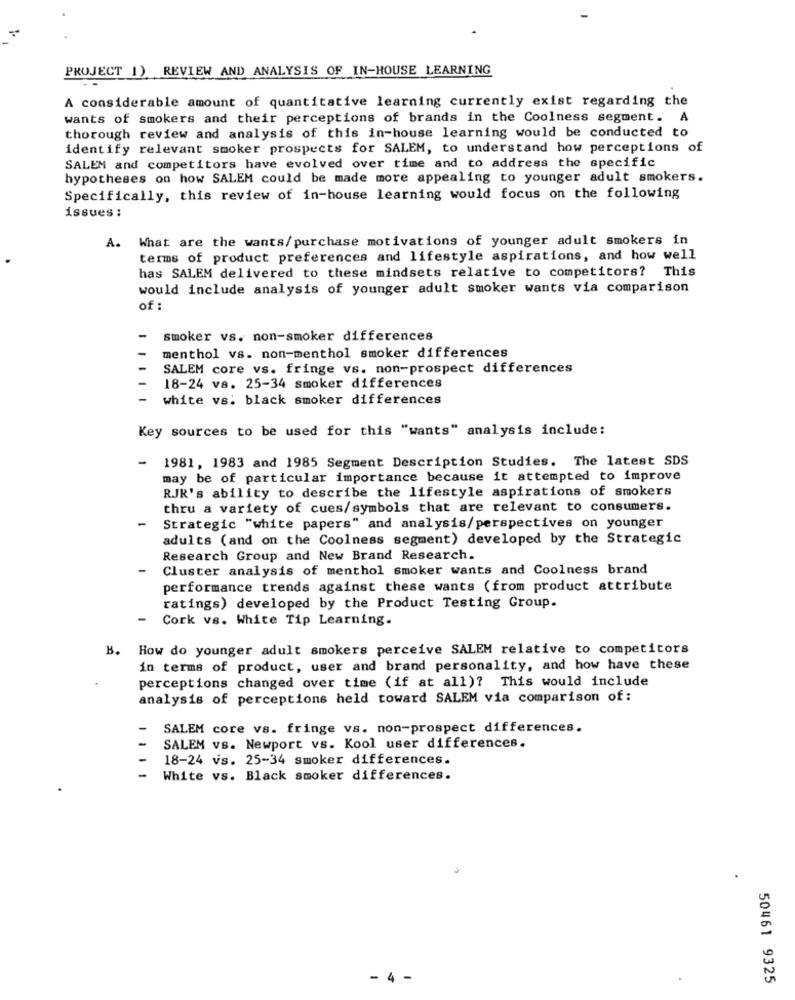
PROJECT 1) REVIEW AND ANALYSIS OF IN-HOUSE LEARNING
A considerable amount of quantitative learning currently exist regarding the
wants of smokers and their perceptions of brands in the Coolness segment. A
thorough review and analysis of this in-house learning would be conducted to
identify relevant smoker prospects for SALEM, to understand how perceptions of
SALEM and competitors have evolved over time and to address the specific
hypotheses on how SALEM could be made more appealing to younger adult smokers.
Specifically, this review of in-house learning would focus on the following
issues :
What are the wants/ purchase motivations of younger adult smokers in
A.
terms of product preferences and lifestyle aspirations, and how well
has SALEM delivered to these mindsets relative to competitors? This
would include analysis of younger adult smoker wants via comparison
of :
smoker vs. non-smoker differences
menthol vs. non-menthol smoker differences
SALEM core vs. fringe vs. non-prospect differences
18-24 vs. 25-34 smoker differences
white vs. black smoker differences
Key sources to be used for this "wants" analysis include:
- 1981, 1983 and 1985 Segment Description Studies. The latest SDS
may be of particular importance because it attempted to improve
RJR's ability to describe the lifestyle aspirations of smokers
thru a variety of cues/symbols that are relevant to consumers.
-
Strategic "white papers" and analysis/perspectives on younger
adults (and on the Coolness segment) developed by the Strategic
Research Group and New Brand Research.
Cluster analysis of menthol smoker wants and Coolness brand
performance trends against these wants (from product attribute
ratings) developed by the Product Testing Group.
-
Cork vs. White Tip Learning.
B. How do younger adult smokers perceive SALEM relative to competitors
in terms of product, user and brand personality, and how have these
perceptions changed over time (if at all)? This would include
analysis of perceptions held toward SALEM via comparison of:
SALEM core vs. fringe vs. non-prospect differences.
SALEM vs. Newport vs. Kool user differences.
18-24 vs. 25-34 smoker differences.
White vs. Black smoker differences.
- 4 -
50461 9325